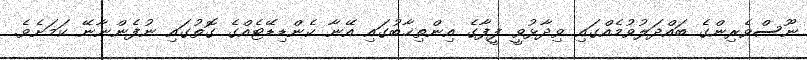
ނޫސްވެރިންގެ ބައްދަލުވުމެއްގައި ވިދާޅުވީ ފީފާގެ އިންތިޚާބުގައި އޭނާ ކެންޑިޑޭޓެއްގެ ގޮތުގައި ނުފެންނާނޭ ކަމަށެވެ.